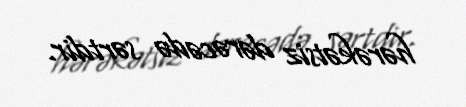
hərəkətsiz dərəcədə sərtdir.